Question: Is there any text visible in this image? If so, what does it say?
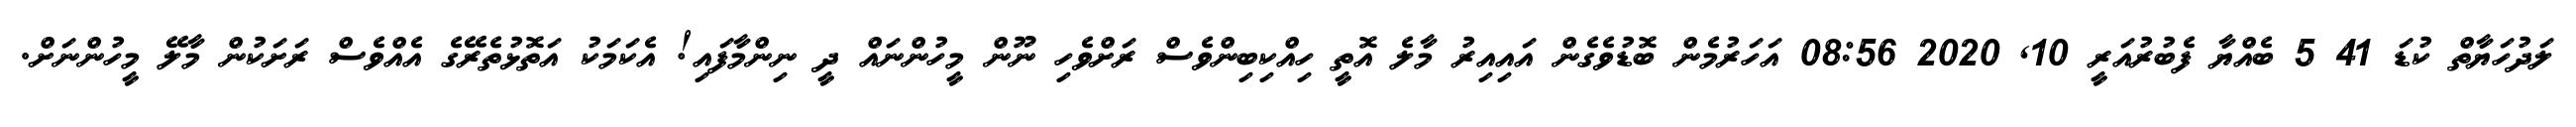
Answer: ލަދުހަޔާތް ކުޑަ 41 5 ބެއްޔާ ފެބުރުއަރީ 10, 2020 08:56 އަހަރުމެން ބޮޑުވެގެން އައިއިރު މާލެ އޮތީ ހިއްކިބިންވެސް ރަށްވެހި ނޫން މީހުންނައް ދީ ނިންމާފައި! އެކަމަކު އަތޮޅުތެރޭގެ އެއްވެސް ރަށަކުން މާލޭ މީހުންނަށް.